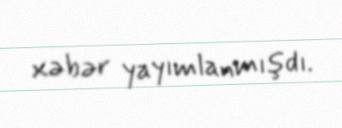
xəbər yayımlanmışdı.